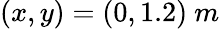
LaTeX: (x,y)=(0,1.2)\ m